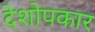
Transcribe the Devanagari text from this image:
देशोपकार